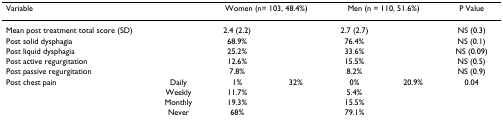
<table><thead><tr><td colspan="2"><b>Variable</b></td><td colspan="2"><b>Women (n= 103, 48.4%)</b></td><td colspan="2"><b>Men (n = 110, 51.6%)</b></td><td><b>P Value</b></td></tr></thead><tbody><tr><td>Mean post treatment total score (SD)</td><td></td><td>2.4 (2.2)</td><td></td><td>2.7 (2.7)</td><td></td><td>NS (0.3)</td></tr><tr><td>Post solid dysphagia</td><td></td><td>68.9%</td><td></td><td>76.4%</td><td></td><td>NS (0.1)</td></tr><tr><td>Post liquid dysphagia</td><td></td><td>25.2%</td><td></td><td>33.6%</td><td></td><td>NS (0.09)</td></tr><tr><td>Post active regurgitation</td><td></td><td>12.6%</td><td></td><td>15.5%</td><td></td><td>NS (0.5)</td></tr><tr><td>Post passive regurgitation</td><td></td><td>7.8%</td><td></td><td>8.2%</td><td></td><td>NS (0.9)</td></tr><tr><td>Post chest pain</td><td>Daily</td><td>1%</td><td>32%</td><td>0%</td><td>20.9%</td><td>0.04</td></tr><tr><td></td><td>Weekly</td><td>11.7%</td><td></td><td>5.4%</td><td></td><td></td></tr><tr><td></td><td>Monthly</td><td>19.3%</td><td></td><td>15.5%</td><td></td><td></td></tr><tr><td></td><td>Never</td><td>68%</td><td></td><td>79.1%</td><td></td><td></td></tr></tbody></table>